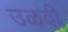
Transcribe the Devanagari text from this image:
उळवी